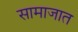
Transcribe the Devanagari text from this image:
सामाजात